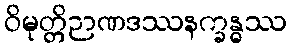
ဝိမုတ္တိဉာဏဒဿနက္ခန္ဓဿ